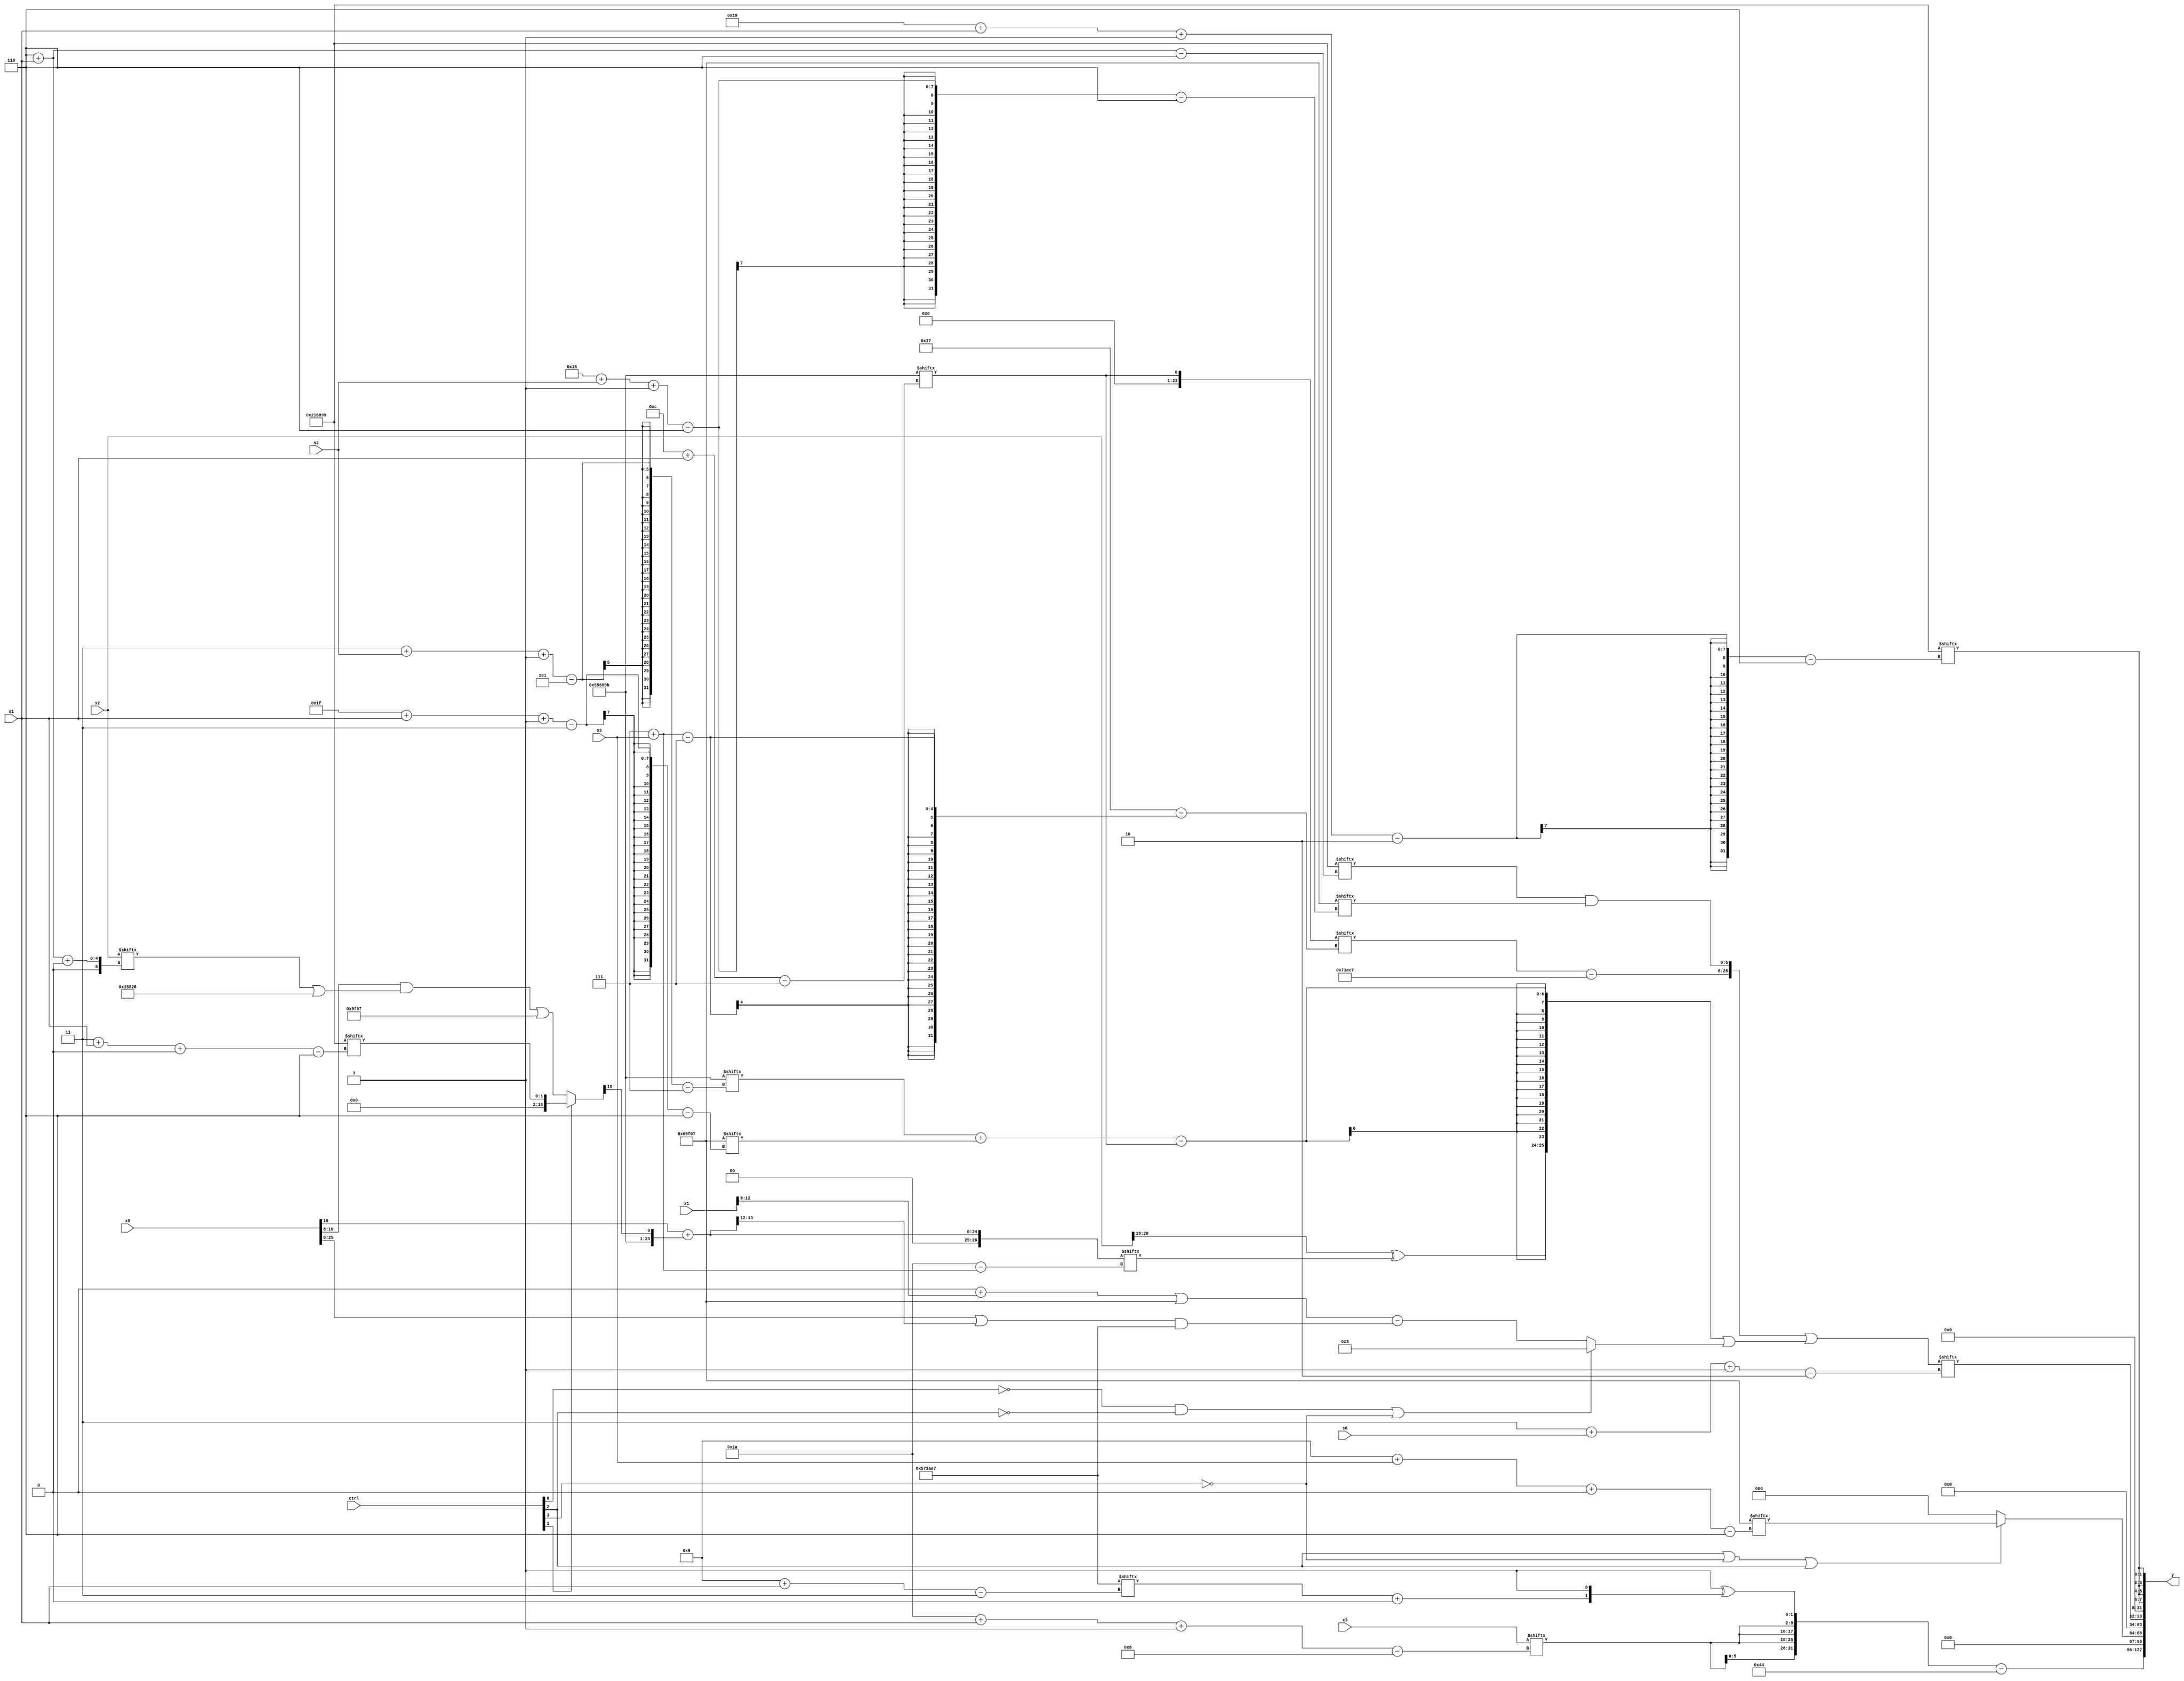
module partsel_00484(ctrl, s0, s1, s2, s3, x0, x1, x2, x3, y);
  input [3:0] ctrl;
  input [2:0] s0;
  input [2:0] s1;
  input [2:0] s2;
  input [2:0] s3;
  input [31:0] x0;
  input signed [31:0] x1;
  input signed [31:0] x2;
  input [31:0] x3;
  wire signed [29:7] x4;
  wire [5:28] x5;
  wire signed [28:0] x6;
  wire signed [0:25] x7;
  wire signed [0:31] x8;
  wire signed [7:30] x9;
  wire signed [7:24] x10;
  wire [26:0] x11;
  wire signed [0:26] x12;
  wire [24:7] x13;
  wire [25:0] x14;
  wire [7:25] x15;
  output [127:0] y;
  wire [31:0] y0;
  wire [31:0] y1;
  wire signed [31:0] y2;
  wire [31:0] y3;
  assign y = {y0,y1,y2,y3};
  localparam [4:29] p0 = 496326694;
  localparam signed [25:3] p1 = 198654695;
  localparam signed [24:6] p2 = 938385159;
  localparam signed [28:6] p3 = 505505945;
  assign x4 = {p0, {2{p3[19 -: 1]}}};
  assign x5 = (x4[12] + x1[12 -: 4]);
  assign x6 = p2[9 + s3 +: 3];
  assign x7 = (!ctrl[1] || ctrl[3] && !ctrl[3] ? ((x0[8 +: 3] & {2{(x2[6 + s1 +: 3] | p0)}}) | p2) : p3[3 + s1 +: 2]);
  assign x8 = p2[9 + s2 -: 4];
  assign x9 = x4[12 + s1];
  assign x10 = p3;
  assign x11 = x9[16 + s1 +: 2];
  assign x12 = (x0[18] + {x4, x7[9 +: 1]});
  assign x13 = (p2[19 -: 2] | (((p2[30 + s3 -: 1] - (x8 + x4[14])) & x12) - p2));
  assign x14 = ({2{{(x9[7 + s3] - p1), (p3[6 + s1] & p2[21 + s2 -: 6])}}} | ({(x13[19 -: 2] ^ x4[14 -: 2]), {{2{(x2[20 -: 2] ^ x12[7 + s3])}}, ((x4[3 + s2 -: 5] + p2[31 + s1 -: 3]) - x9)}} | (!ctrl[0] && !ctrl[2] || !ctrl[3] ? p1[18 -: 4] : ((x5 | p2) - ((x0 | x12[14 -: 2]) & p1)))));
  assign x15 = {x2, ((x0[14 +: 2] & x10) | ({p1, (p1[1 + s1 -: 1] - (x3[10 +: 4] | x9[23 + s1 +: 3]))} | p3[10 +: 3]))};
  assign y0 = ({{2{{2{x3[26 + s1 -: 8]}}}}, (p1[16 +: 1] ^ {(p1[9 + s1] + x11[23]), p1[23]})} - {2{p3[15 +: 4]}});
  assign y1 = (ctrl[2] || !ctrl[3] || ctrl[2] ? x6 : p2[20 -: 2]);
  assign y2 = x14[3 + s0 -: 2];
  assign y3 = {2{{2{p3[25 + s1 -: 2]}}}};
endmodule